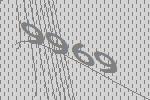
9969